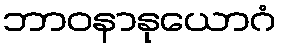
ဘာဝနာနုယောဂံ